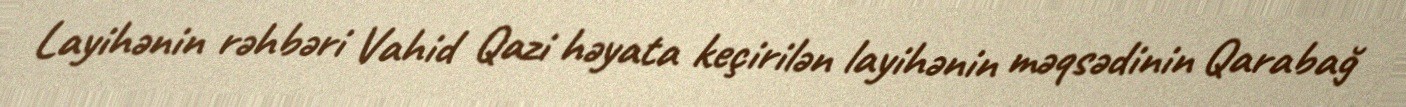
Layihənin rəhbəri Vahid Qazi həyata keçirilən layihənin məqsədinin Qarabağ